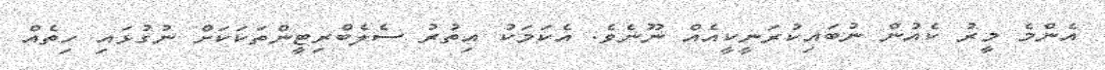
އެންމެ މީރު ކެއުން ނުބައިކުރަނީކީއެއް ނޫނެވެ. އެކަމަކު އިތުރު ސެލެބްރިޓީންތަކަކަށް ނުގުޅައި ހިތެއް